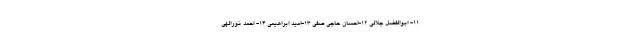
١١- ابوالفضل جلالى ١٢-احسان حاجى صفى ١٣-امید ابراهیمى ١٤- احمد نورالهى